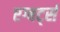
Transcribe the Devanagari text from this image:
एग्बर्ट्स